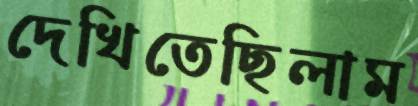
দেখিতেছিলাম